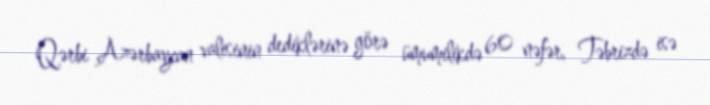
Qərbi Azərbaycan valisinin dediklərinə görə ümumilikdə 60 nəfər, Təbrizdə isə